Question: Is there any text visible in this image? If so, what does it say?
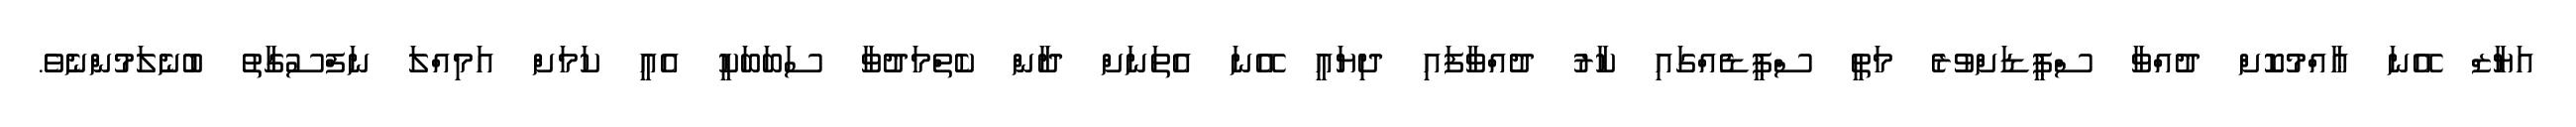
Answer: އަޔާޒް އޭނަ ޢާއްމުކޮށް ދުއްވާ ސްޕީޑަށްވުރެ މަތީ ސްޕީޑެއްގައި ކާރު ދުއްވާފައި ދިޔައީ އޭނަ އެތަނަށް ދާން ކެތްމަދުވާ ސަބަބަކީ އެއީ ކަމަށް އަމިއްލަ ނަފްސުގާތު ބުނެލަމުންނެވެ.